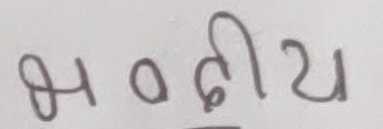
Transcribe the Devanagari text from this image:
भर्दीय